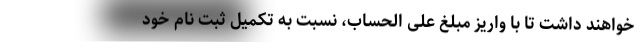
خواهند داشت تا با واریز مبلغ علی الحساب، نسبت به تکمیل ثبت نام خود